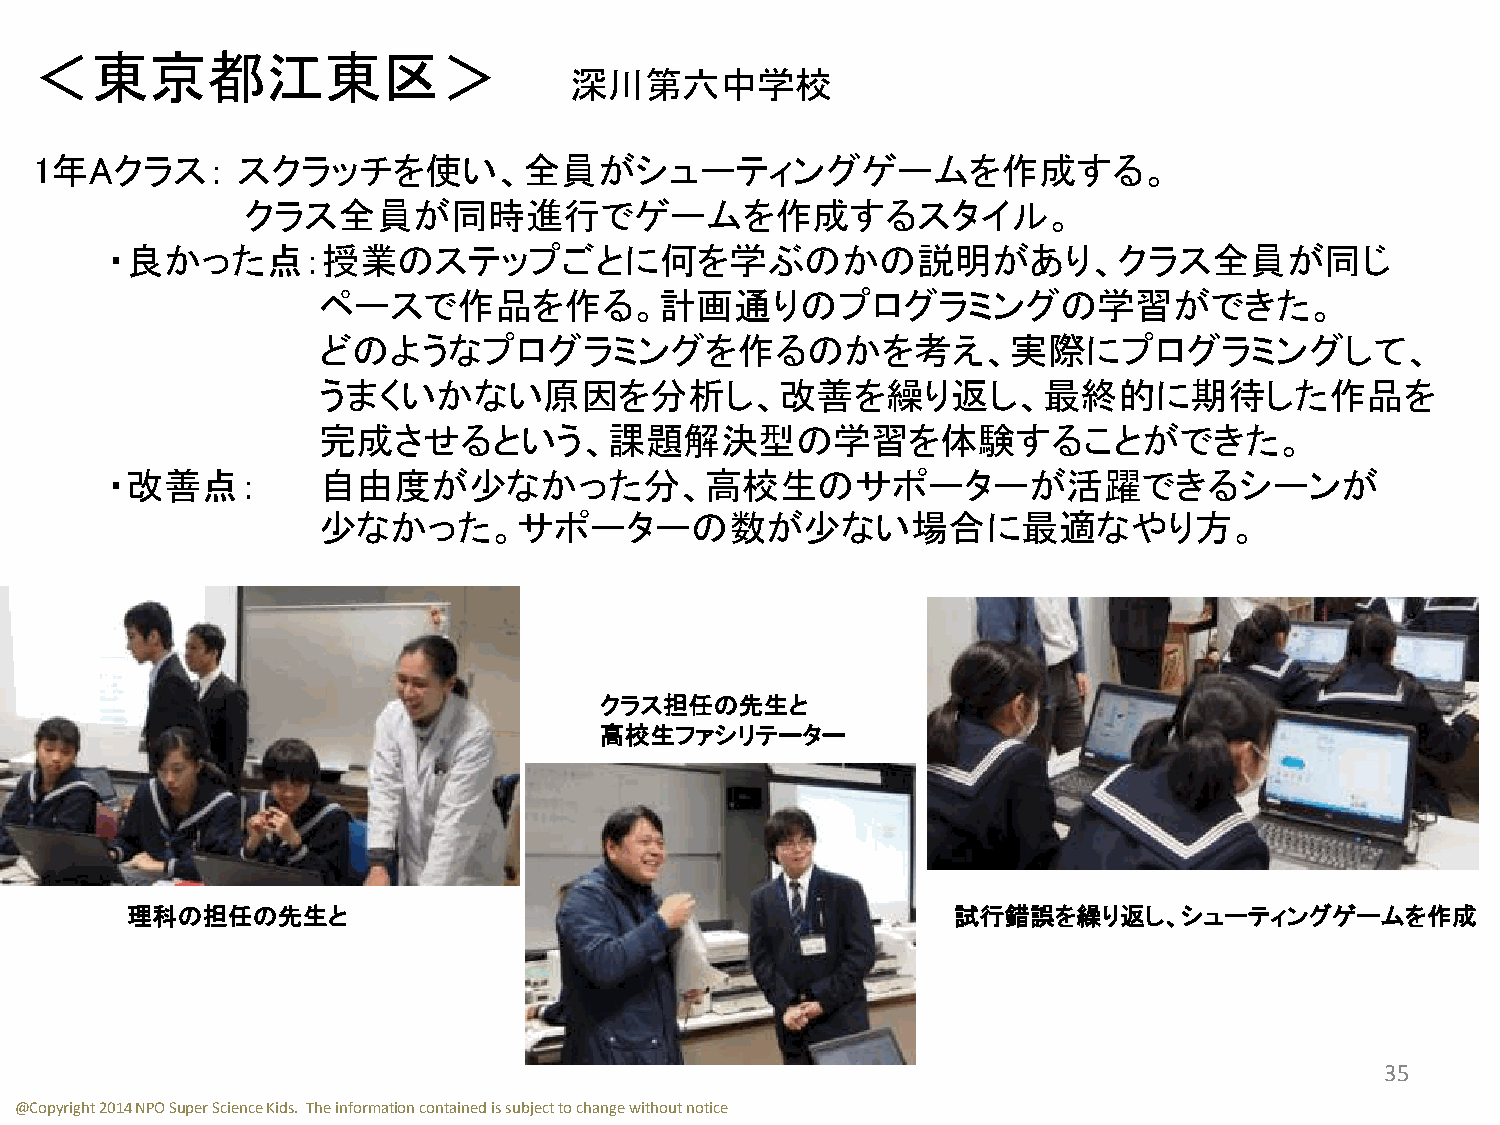
＜東京都江東区＞
 深川第六中学校
 1年Aクラス：       スクラッチを使い、全員がシューティングゲームを作成する。
 クラス全員が同時進行でゲームを作成するスタイル。
 ・良かった点：授業のステップごとに何を学ぶのかの説明があり、クラス全員が同じ
 ペースで作品を作る。計画通りのプログラミングの学習ができた。
 どのようなプログラミングを作るのかを考え、実際にプログラミングして、
 うまくいかない原因を分析し、改善を繰り返し、最終的に期待した作品を
 完成させるという、課題解決型の学習を体験することができた。
 ・改善点：         自由度が少なかった分、高校生のサポーターが活躍できるシーンが
 少なかった。サポーターの数が少ない場合に最適なやり方。
 クラス担任の先生と
 高校生ファシリテーター
 理科の担任の先生と                                              試行錯誤を繰り返し、シューティングゲームを作成
 35
 @Copyright 2014 NPO Super Science Kids. The information contained is subject to change without notice